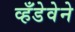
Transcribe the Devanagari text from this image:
व्हँडेवेने